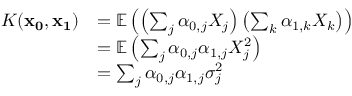
\begin{array} { r l } { K ( \mathbf { x _ { 0 } } , \mathbf { x _ { 1 } } ) } & { = \mathbb { E } \left( \left( \sum _ { j } \alpha _ { 0 , j } X _ { j } \right) \left( \sum _ { k } \alpha _ { 1 , k } X _ { k } \right) \right) } \\ & { = \mathbb { E } \left( \sum _ { j } \alpha _ { 0 , j } \alpha _ { 1 , j } X _ { j } ^ { 2 } \right) } \\ & { = \sum _ { j } \alpha _ { 0 , j } \alpha _ { 1 , j } \sigma _ { j } ^ { 2 } } \end{array}